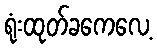
ရုံးထုတ်ခကေလေ့